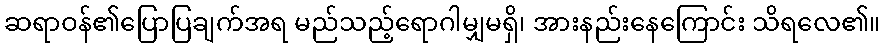
ဆရာဝန်၏ပြောပြချက်အရ မည်သည့်ရောဂါမျှမရှိ၊ အားနည်းနေကြောင်း သိရလေ၏။